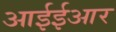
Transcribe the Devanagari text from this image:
आईईआर